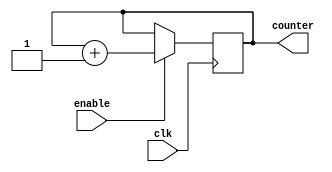
module ring_counter(
    input wire clk,
    input wire enable,
    output reg [3:0] counter
);

always @(posedge clk) begin
    if(enable) begin
        counter <= counter + 1;
    end
end

endmodule